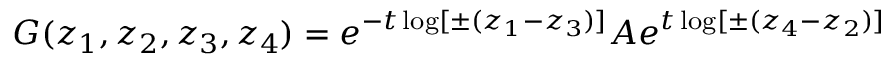
G ( z _ { 1 } , z _ { 2 } , z _ { 3 } , z _ { 4 } ) = e ^ { - t \log [ \pm ( z _ { 1 } - z _ { 3 } ) ] } A e ^ { t \log [ \pm ( z _ { 4 } - z _ { 2 } ) ] }